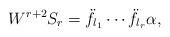
LaTeX: \begin{align*}W^{r+2}S_r=\ddot{f}_{l_1}\cdots\ddot{f}_{l_r}\alpha,\end{align*}